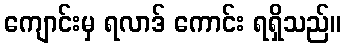
ကျောင်းမှ ရလာဒ် ကောင်း ရရှိသည်။